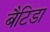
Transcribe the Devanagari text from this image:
बैटिडा